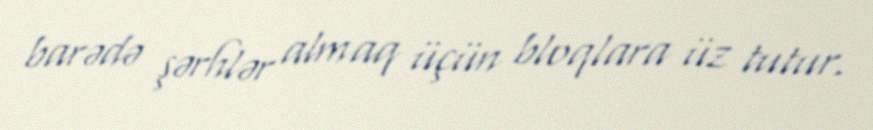
barədə şərhlər almaq üçün bloqlara üz tutur.